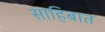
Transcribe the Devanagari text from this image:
साहिबात